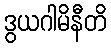
ဒွယဂါမိနီတိ